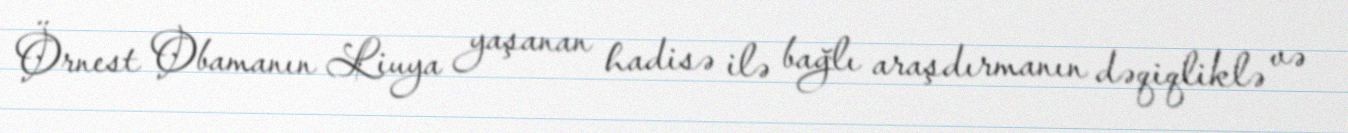
Örnest Obamanın Liuya yaşanan hadisə ilə bağlı araşdırmanın dəqiqliklə və